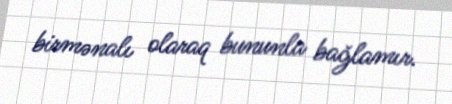
birmənalı olaraq bununla bağlamır.